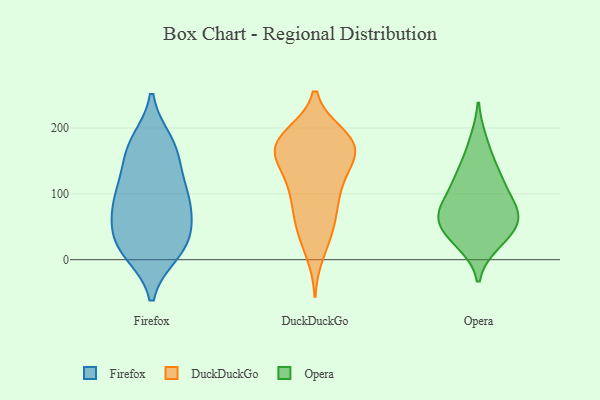
{"axis": {"x": "Headcount", "y": "Value"}, "legend": ["DuckDuckGo", "Firefox", "Opera"], "data": [{"x": "", "y": 118, "type": "Firefox"}, {"x": "", "y": 169, "type": "Firefox"}, {"x": "", "y": 86, "type": "Firefox"}, {"x": "", "y": 53, "type": "Firefox"}, {"x": "", "y": 92, "type": "Firefox"}, {"x": "", "y": 179, "type": "Firefox"}, {"x": "", "y": 82, "type": "Firefox"}, {"x": "", "y": 11, "type": "Firefox"}, {"x": "", "y": 143, "type": "Firefox"}, {"x": "", "y": 32, "type": "Firefox"}, {"x": "", "y": 13, "type": "Firefox"}, {"x": "", "y": 172, "type": "Firefox"}, {"x": "", "y": 19, "type": "Firefox"}, {"x": "", "y": 94, "type": "Firefox"}, {"x": "", "y": 40, "type": "Firefox"}, {"x": "", "y": 171, "type": "DuckDuckGo"}, {"x": "", "y": 90, "type": "DuckDuckGo"}, {"x": "", "y": 48, "type": "DuckDuckGo"}, {"x": "", "y": 177, "type": "DuckDuckGo"}, {"x": "", "y": 57, "type": "DuckDuckGo"}, {"x": "", "y": 150, "type": "DuckDuckGo"}, {"x": "", "y": 185, "type": "DuckDuckGo"}, {"x": "", "y": 154, "type": "DuckDuckGo"}, {"x": "", "y": 186, "type": "DuckDuckGo"}, {"x": "", "y": 10, "type": "DuckDuckGo"}, {"x": "", "y": 173, "type": "DuckDuckGo"}, {"x": "", "y": 42, "type": "DuckDuckGo"}, {"x": "", "y": 131, "type": "DuckDuckGo"}, {"x": "", "y": 160, "type": "DuckDuckGo"}, {"x": "", "y": 189, "type": "DuckDuckGo"}, {"x": "", "y": 90, "type": "DuckDuckGo"}, {"x": "", "y": 101, "type": "DuckDuckGo"}, {"x": "", "y": 173, "type": "DuckDuckGo"}, {"x": "", "y": 120, "type": "DuckDuckGo"}, {"x": "", "y": 179, "type": "Opera"}, {"x": "", "y": 26, "type": "Opera"}, {"x": "", "y": 75, "type": "Opera"}, {"x": "", "y": 46, "type": "Opera"}, {"x": "", "y": 66, "type": "Opera"}, {"x": "", "y": 139, "type": "Opera"}, {"x": "", "y": 77, "type": "Opera"}, {"x": "", "y": 55, "type": "Opera"}, {"x": "", "y": 81, "type": "Opera"}, {"x": "", "y": 120, "type": "Opera"}, {"x": "", "y": 33, "type": "Opera"}, {"x": "", "y": 118, "type": "Opera"}]}